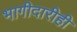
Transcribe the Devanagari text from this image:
भागीदारीही